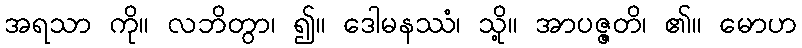
အရသာ ကို။ လဘိတွာ၊ ၍။ ဒေါမနဿံ၊ သို့။ အာပဇ္ဇတိ၊ ၏။ မောဟ